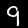
Label: 9